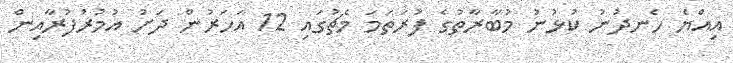
އިއްޔެ ހެނދުނު ކުޅުނު މުބާރާތުގެ ފުރަތަމަ މެޗުގައި 12 އަހަރުން ދަށު އުމުރުފުރާއިން